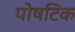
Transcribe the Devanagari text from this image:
पोषटिक